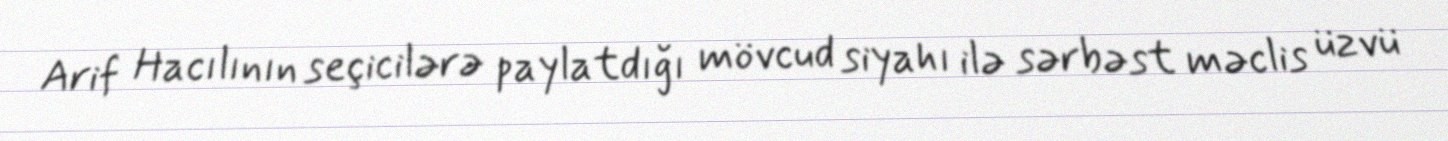
Arif Hacılının seçicilərə paylatdığı mövcud siyahı ilə sərbəst məclis üzvü